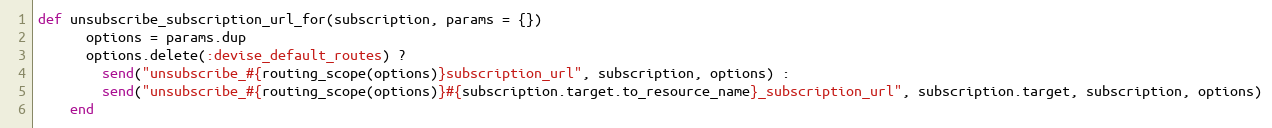
Language: Ruby
def unsubscribe_subscription_url_for(subscription, params = {})
      options = params.dup
      options.delete(:devise_default_routes) ?
        send("unsubscribe_#{routing_scope(options)}subscription_url", subscription, options) :
        send("unsubscribe_#{routing_scope(options)}#{subscription.target.to_resource_name}_subscription_url", subscription.target, subscription, options)
    end